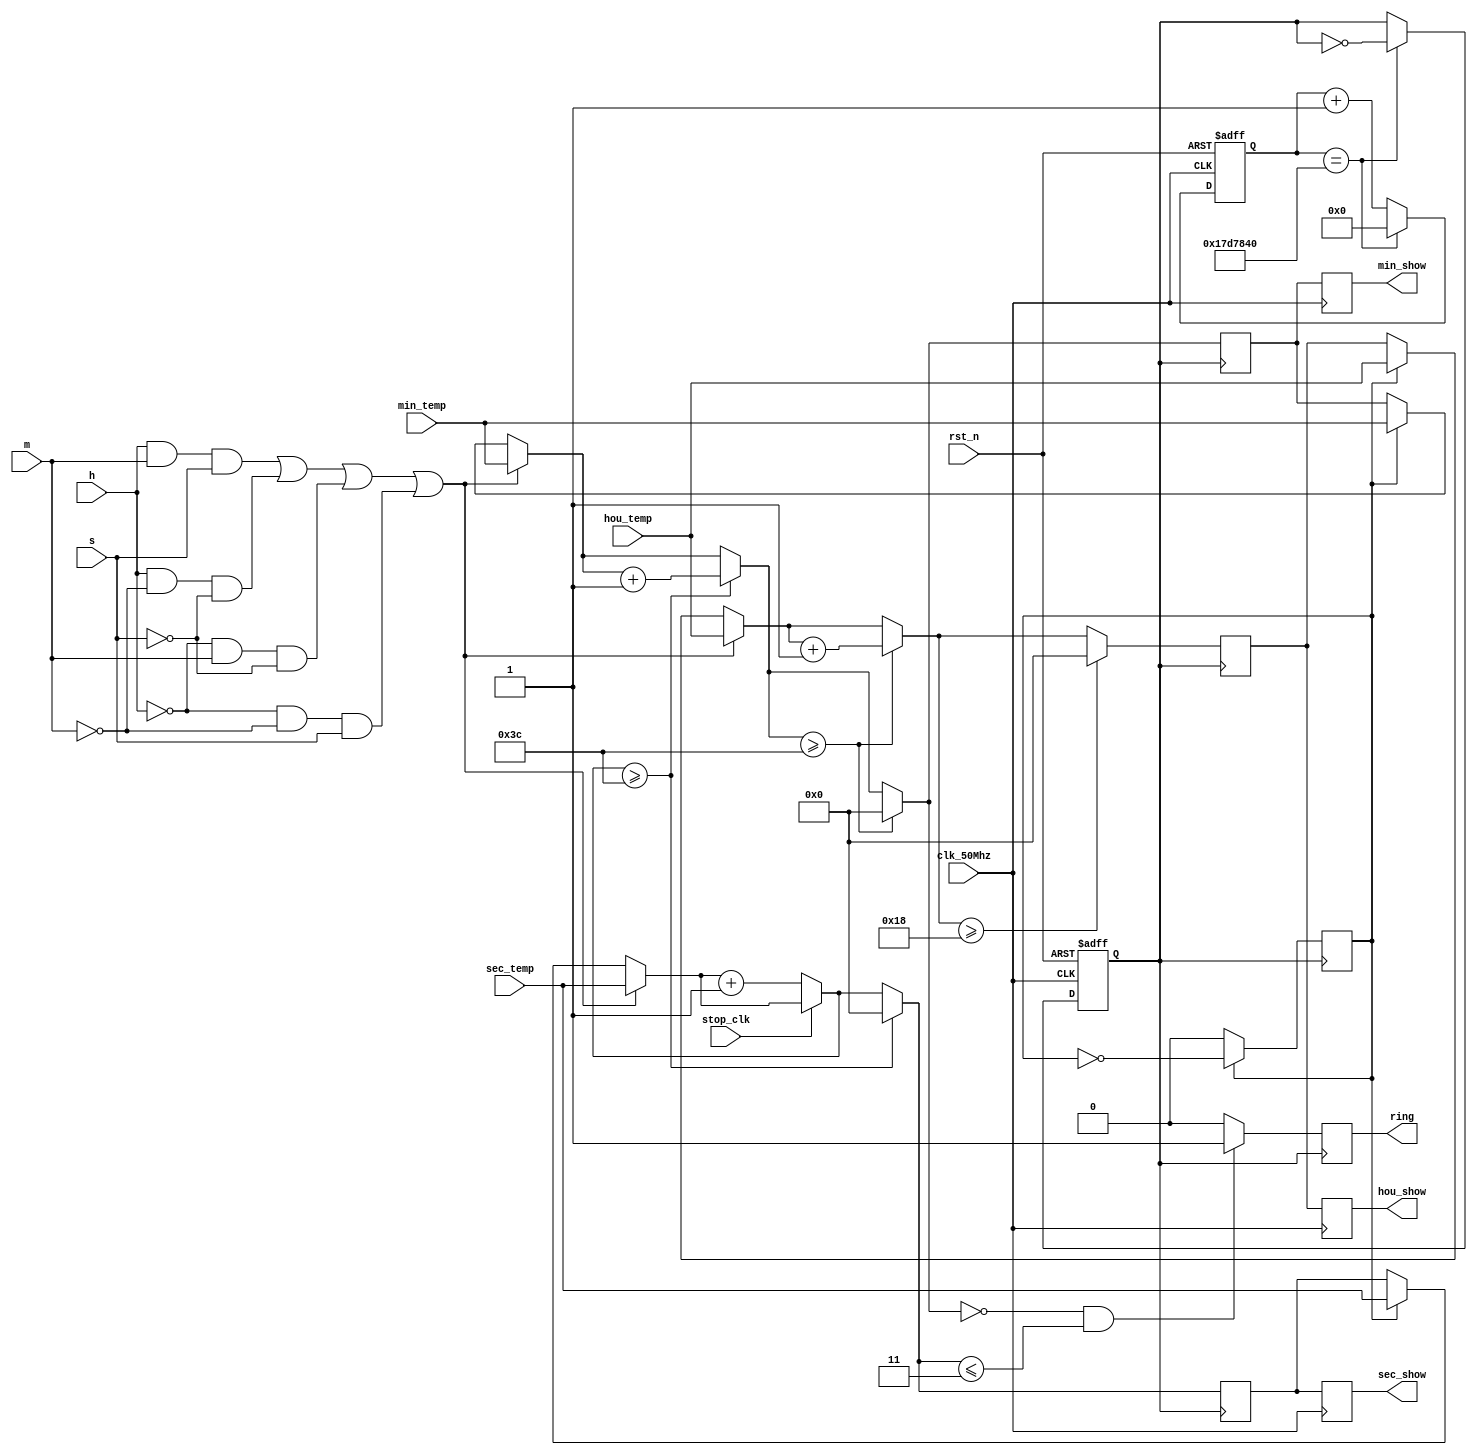
module runing(clk_50Mhz,rst_n,h,m,s,stop_clk,hou_temp,min_temp,sec_temp,hou_show,min_show,sec_show,ring);
	input clk_50Mhz,h,m,s,stop_clk,rst_n;
	input [5:0]hou_temp,min_temp,sec_temp;
	output reg[5:0] hou_show,min_show,sec_show;
	output reg ring = 0;
	reg[5:0] hou,min,sec;
	reg [24:0] counter;
	reg clk_1hz;
	reg c = 1;
	
	
	always @(posedge clk_50Mhz or negedge rst_n)begin
	if(!rst_n)begin
		counter <= 25'd0;
		clk_1hz <= 0;
	
	end
	else if(counter == 25000000) begin
		counter <= 25'd0;
		clk_1hz <= ~clk_1hz;
	end
	else
		counter <= counter + 1;		
end
	always @(posedge clk_1hz )begin
//		if(!rst_n)begin
//			hou = 12;
//			min = 13;
//         sec = 14;
//		end
			if(c)begin
				hou = hou_temp;
				min = min_temp;
            sec = sec_temp;
				c = ~c;
			end
			if((h==1&&m==1&&s==1)||(h==1&&m==0&&s==0)||(h==0&&m==1&&s==0)||(h==0&&m==0&&s==1))begin
				hou = hou_temp;
				min = min_temp;
            sec = sec_temp;
			end
			
      

			if(!stop_clk) 
			sec = sec + 1;
			if(sec >= 60)begin
				sec = 0;
				min = min + 1;
			end
			
			if(min >= 60)begin
				min = 0;
				
				hou = hou + 1;
			end
			
			if(hou >= 24)begin
			hou = 0;
			end
			
			if(min == 0 && sec <= 3)
					ring = 1;
				else
					ring = 0;
	end
	
  always @(posedge clk_50Mhz) begin
        hou_show <= hou;
        min_show <= min;
        sec_show <= sec;
    end
	

endmodule